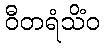
ဝီတရံသိံဝ